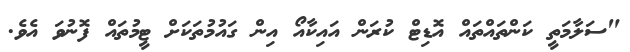
"ސަލާމަތީ ކަންތައްތައް އޮޑިޓް ކުރަން އައިކާއޯ އިން ގައުމުތަކަށް ޓީމުތައް ފޮނުވަ އެވެ.